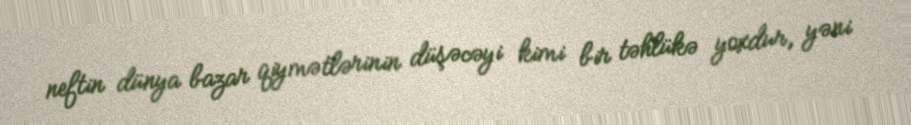
neftin dünya bazar qiymətlərinin düşəcəyi kimi bir təhlükə yoxdur, yəni